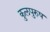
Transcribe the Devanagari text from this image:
कुलपुरुष